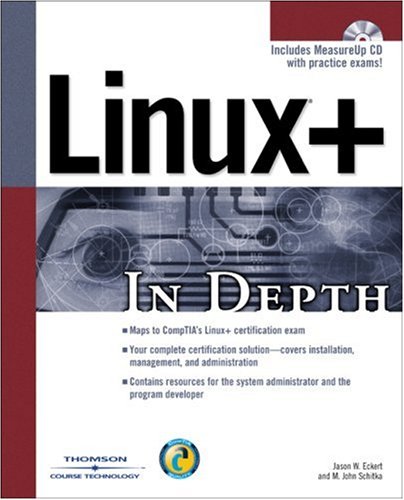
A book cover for Linux+ In Depth; Jason W. Eckert; Computers & Technology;